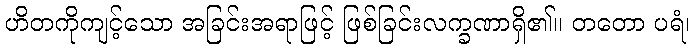
ဟိတကိုကျင့်သော အခြင်းအရာဖြင့် ဖြစ်ခြင်းလက္ခဏာရှိ၏။ တတော ပရံ၊